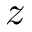
z